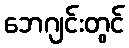
ဘေဂျင်းတွင်